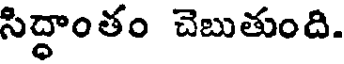
సిద్ధాంతం చెబుతుంది.